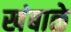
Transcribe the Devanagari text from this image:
खंबाळे